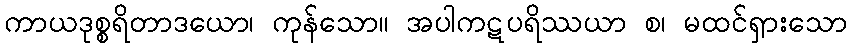
ကာယဒုစ္စရိတာဒယော၊ ကုန်သော။ အပါကဋပရိဿယာ စ၊ မထင်ရှားသော